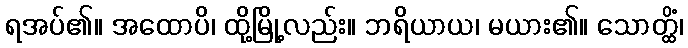
ရအပ်၏။ အထောပိ၊ ထို့မြို့လည်း။ ဘရိယာယ၊ မယား၏။ သောတ္ထိံ၊